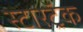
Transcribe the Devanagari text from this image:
स्टारट्रॅक